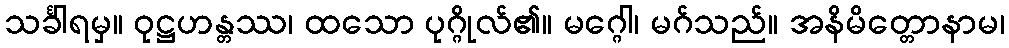
သင်္ခါရမှ။ ဝုဋ္ဌဟန္တဿ၊ ထသော ပုဂ္ဂိုလ်၏။ မဂ္ဂေါ၊ မဂ်သည်။ အနိမိတ္တောနာမ၊